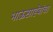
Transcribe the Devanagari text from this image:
भाऊसाहेबांचा